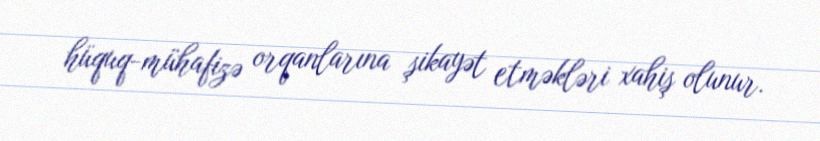
hüquq-mühafizə orqanlarına şikayət etməkləri xahiş olunur.